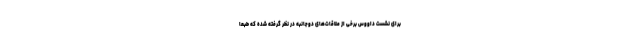
برای نشست داووس برخی از ملاقات‌های دوجانبه در نظر گرفته شده که طبعاً